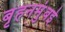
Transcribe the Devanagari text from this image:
बृहनमुंबई